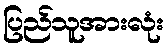
ပြည်သူအားလုံး